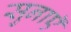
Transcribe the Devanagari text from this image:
सुनाएॅ